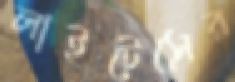
লাইটেসের